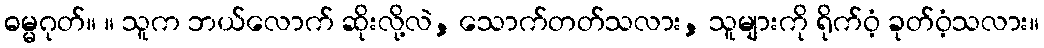
ဓမ္မဂုတ်။ ။ သူက ဘယ်လောက် ဆိုးလို့လဲ, သောက်တတ်သလား, သူများကို ရိုက်ဝံ့ ခုတ်ဝံ့သလား။